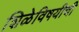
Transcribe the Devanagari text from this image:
शिळेविषयीची